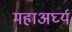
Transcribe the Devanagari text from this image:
महाअर्घ्य